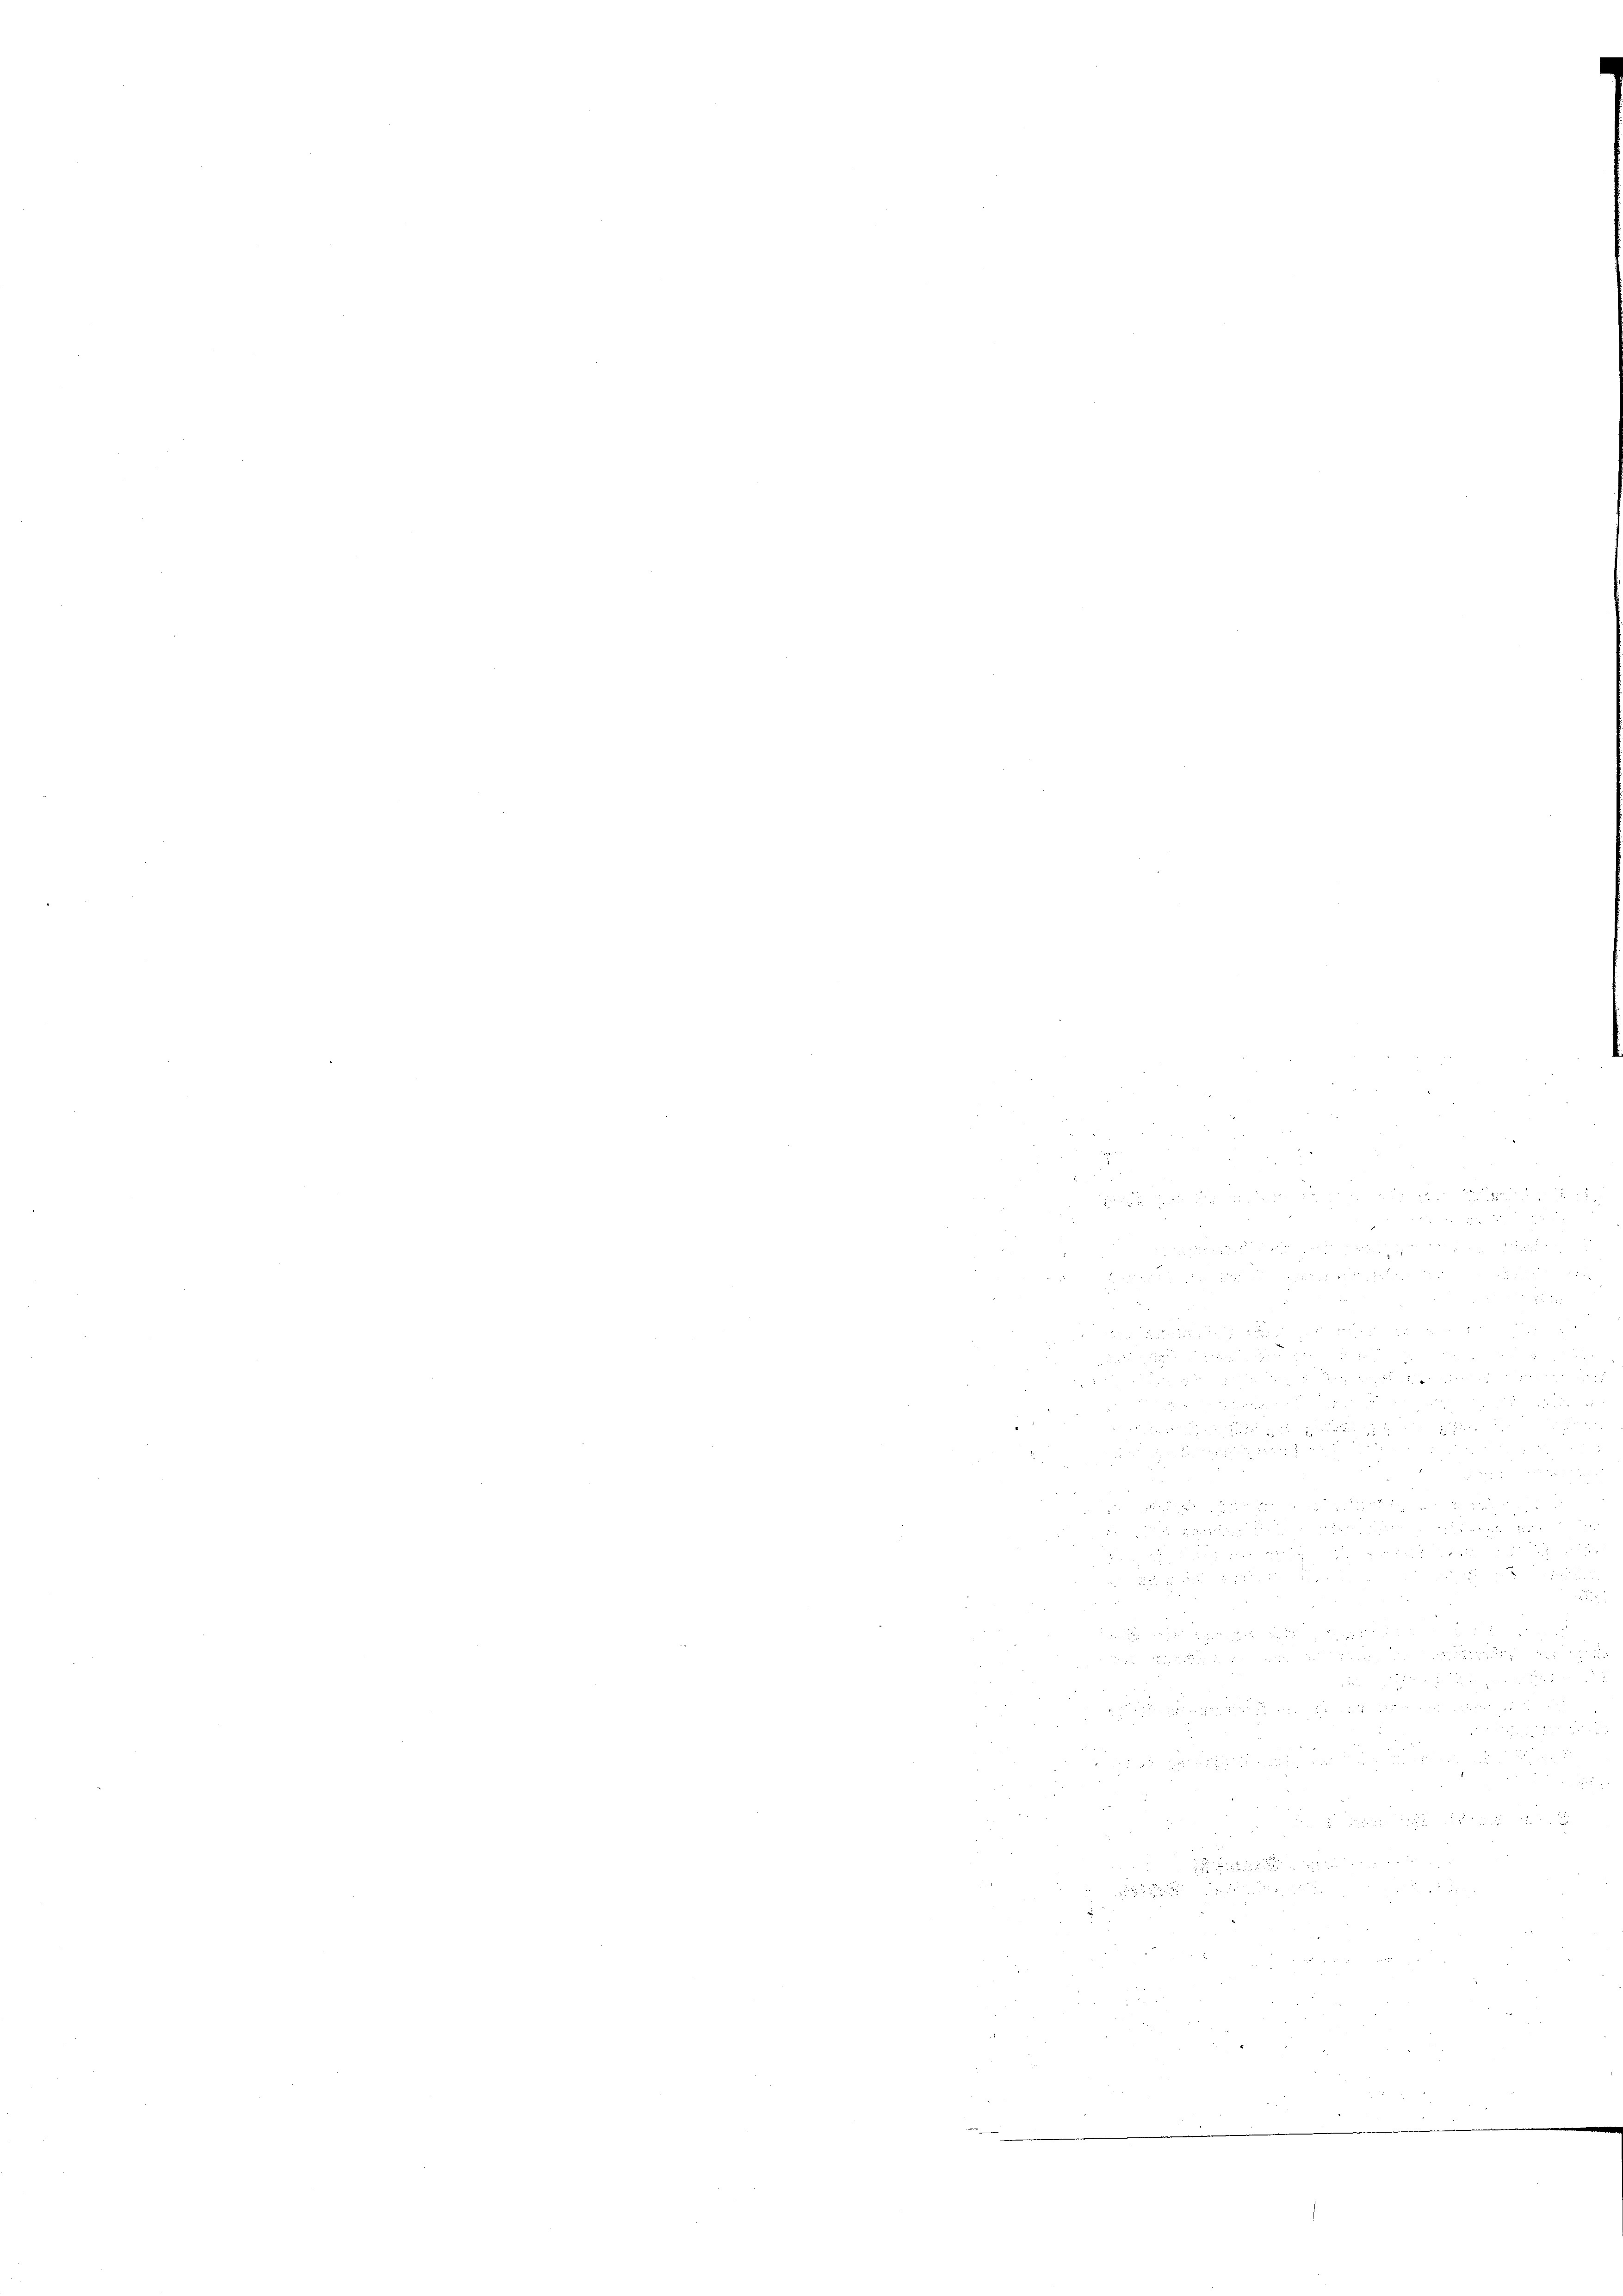
e

 8 x

.
2